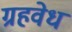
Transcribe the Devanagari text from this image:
ग्रहवेध